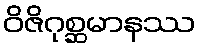
ဝိဇိဂုစ္ဆမာနဿ